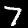
Label: 7